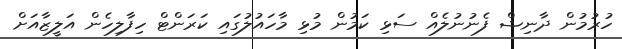
ހުރުމުން ދާނިޝް ފެނުނުލެއް ސަޅި ކަމުން މުޅި މާހައުލުގައި ކަރަންޓް ހިފާލިހެން އަލީޒާއަށް